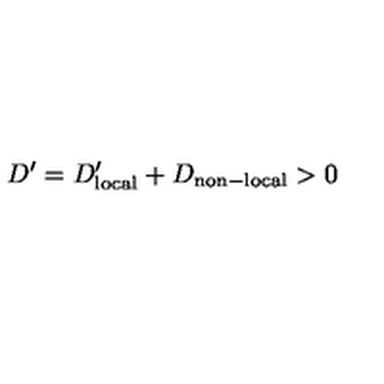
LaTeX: D ^ { \prime } = D _ { \mathrm { l o c a l } } ^ { \prime } + D _ { \mathrm { n o n - l o c a l } } > 0